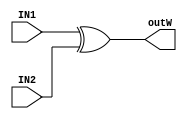
module addW(IN1, IN2, outW);
  input wire [31:0] IN1, IN2;
  output wire [31:0] outW;
  assign outW[31:0] = IN1[31:0] ^ IN2[31:0];
endmodule